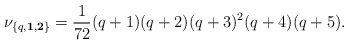
\begin{align*}\nu_{\{q,{\bf 1},{\bf 2}\}} = {1\over 72}(q+1)(q+2)(q+3)^2(q+4)(q+5).\end{align*}